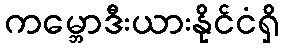
ကမ္ဘောဒီးယားနိုင်ငံရှိ